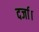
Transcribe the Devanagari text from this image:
दर्जा।